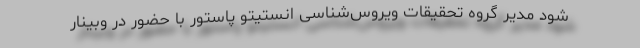
شود مدیر گروه تحقیقات ویروس‌شناسی انستیتو پاستور با حضور در وبینار